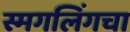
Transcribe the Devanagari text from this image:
स्मगलिंगचा